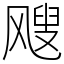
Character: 飕